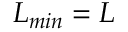
L _ { m i n } = L